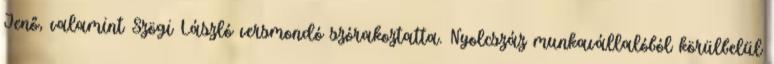
Jenő, valamint Szögi László versmondó szórakoztatta. Nyolcszáz munkavállalóból körülbelül